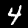
Digit: 4